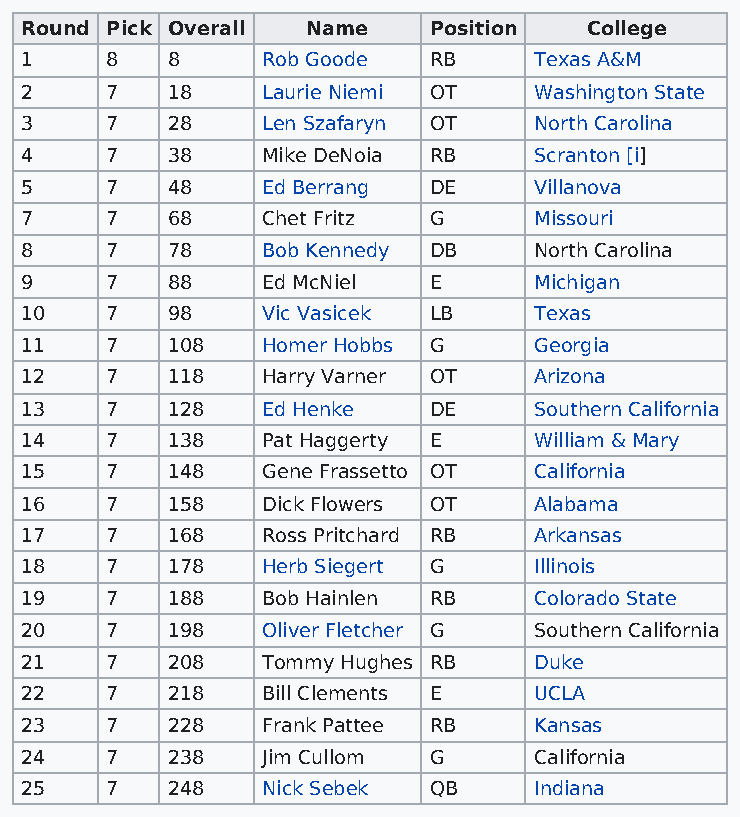
Round Pick Overall Name    Position   College
 1     8   8     Rob Goode  RB     Texas A&M
 2     7   18    Laurie Niemi OT   Washington State
 3     7   28    Len Szafaryn OT   North Carolina
 4     7   38    Mike DeNoia RB    Scranton [i]
 5     7   48    Ed Berrang DE     Villanova
 7     7   68    Chet Fritz G      Missouri
 8     7   78    Bob Kennedy DB    North Carolina
 9     7   88    Ed McNiel  E      Michigan
 10    7   98    Vic Vasicek LB    Texas
 11    7   108   Homer Hobbs G     Georgia
 12    7   118   Harry Varner OT   Arizona
 13    7   128   Ed Henke   DE     Southern California
 14    7   138   Pat Haggerty E    William & Mary
 15    7   148   Gene Frassetto OT California
 16    7   158   Dick Flowers OT   Alabama
 17    7   168   Ross Pritchard RB Arkansas
 18    7   178   Herb Siegert G    Illinois
 19    7   188   Bob Hainlen RB    Colorado State
 20    7   198   Oliver Fletcher G Southern California
 21    7   208   Tommy Hughes RB   Duke
 22    7   218   Bill Clements E   UCLA
 23    7   228   Frank Pattee RB   Kansas
 24    7   238   Jim Cullom G      California
 25    7   248   Nick Sebek QB     Indiana